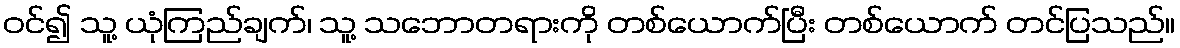
ဝင်၍ သူ့ ယုံကြည်ချက်၊ သူ့ သဘောတရားကို တစ်ယောက်ပြီး တစ်ယောက် တင်ပြသည်။